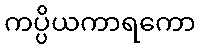
ကပ္ပိယကာရကော